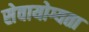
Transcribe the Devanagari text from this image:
सेवायोग्यता